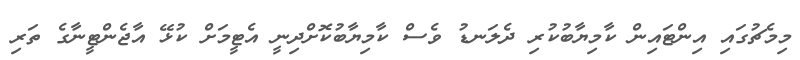
މިމެޗުގައި އިންޓައިން ކާމިޔާބުކުރި ދެލަނޑު ވެސް ކާމިޔާބުކޮށްދިނީ އެޓީމަށް ކުޅޭ އާޖެންޓީނާގެ ތަރި